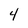
Character: 4